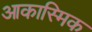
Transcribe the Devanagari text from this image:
आकास्मिक